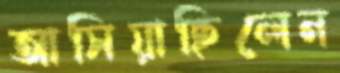
আসিয়াছিলেন